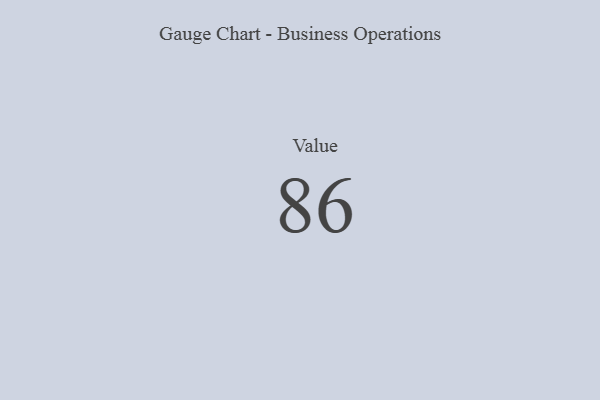
{"axis": {"x": "Metric", "y": "Value"}, "legend": [""], "data": [{"x": "Value", "y": 86, "type": ""}]}